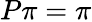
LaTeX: P\pi=\pi